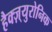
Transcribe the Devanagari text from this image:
हैक्ज़्युरोनिक